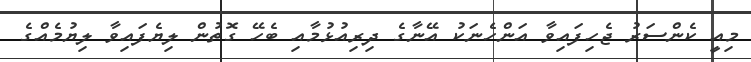
މިއީ ކެންސަރު ޖެހިފައިވާ އަންހެނަކު އޭނާގެ ދިރިއުޅުމާއި ބެހޭ ގޮތުން ލިޔެފައިވާ ލިޔުމެއްގެ